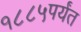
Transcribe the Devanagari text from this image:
१८८५पर्यंत